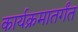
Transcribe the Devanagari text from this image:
कार्यक्रमातर्गंत